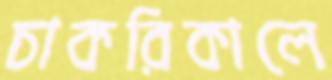
চাকরিকালে